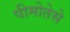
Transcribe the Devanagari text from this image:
पीमोतेसे